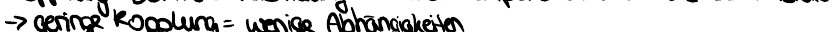
-> geringe Kopplung = wenige Abhängigkeiten